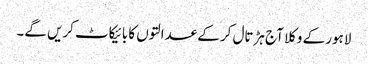
لاہور کے وکلا آج ہڑتال کر کے عدالتوں کا بائیکاٹ کریں گے۔